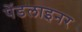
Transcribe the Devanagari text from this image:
पेंडलाइनर